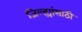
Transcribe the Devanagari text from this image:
जिल्ह्यांसाठी